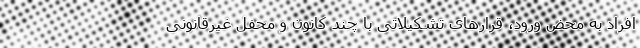
افراد به محض ورود، قرارهای تشکیلاتی با چند کانون و محفل غیرقانونی